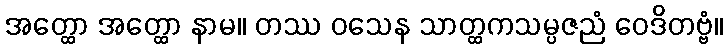
အတ္ထော အတ္ထော နာမ။ တဿ ဝသေန သာတ္ထကသမ္ပဇညံ ဝေဒိတဗ္ဗံ။